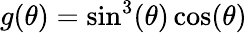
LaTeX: g(\theta)=\sin^{3}(\theta)\cos(\theta)